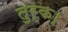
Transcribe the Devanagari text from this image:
तुर्क।